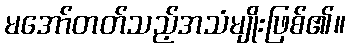
မအော်တတ်သည့်အသံမျိုးဖြစ်၏။